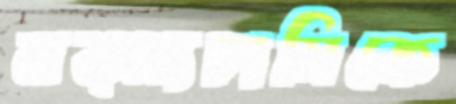
মত্স্যচাষিকে